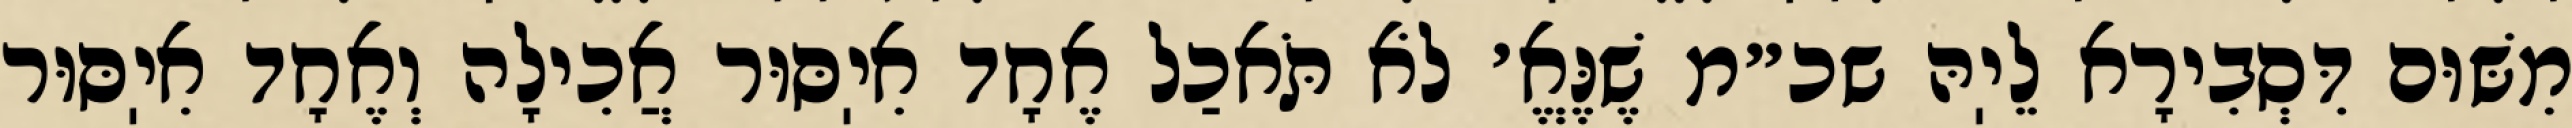
מִשּׁוּם דִּסְבִירָא לֵיֽהּ שכ״מ שֶׁנֶּאֱ׳ לֹא תֹּאכַל אֶחָד אִיֽסּוּר אֲכִילָה וְאֶחָד אִיֽסּוּר